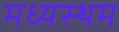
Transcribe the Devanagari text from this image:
मध्‍यस्‍थम